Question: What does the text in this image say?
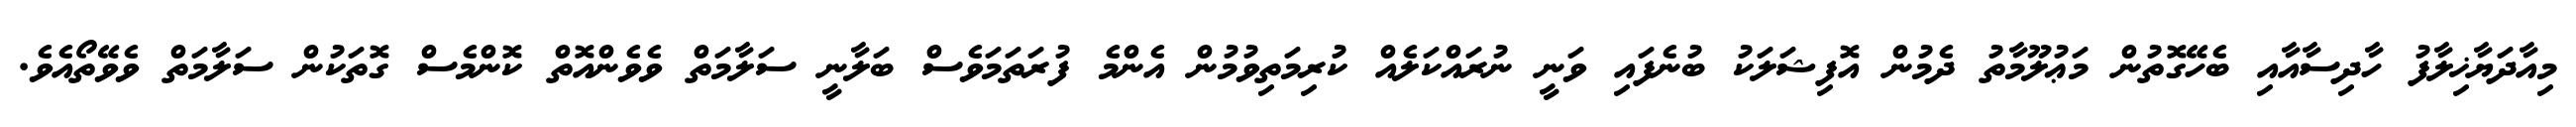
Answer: މިއާދަޔާޚިލާފު ހާދިސާއާއި ބެހޭގޮތުން މަޢުލޫމާތު ދެމުން އޮފިޝަލަކު ބުނެފައި ވަނީ ނުރައްކަލެއް ކުރިމަތިވުމުން އެންމެ ފުރަތަމަވެސް ބަލާނީ ސަލާމަތް ވެވެންއޮތް ކޮންމެސް ގޮތަކުން ސަލާމަތް ވެވޭތޯއެވެ.